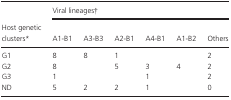
<table><thead><tr><td></td><td colspan="6"><b>Viral lineages†</b></td></tr><tr><td><b>Host genetic clusters*</b></td><td><b>A1-B1</b></td><td><b>A3-B3</b></td><td><b>A2-B1</b></td><td><b>A4-B1</b></td><td><b>A1-B2</b></td><td><b>Others</b></td></tr></thead><tbody><tr><td>G1</td><td>8</td><td>8</td><td>1</td><td></td><td></td><td>2</td></tr><tr><td>G2</td><td>8</td><td></td><td>5</td><td>3</td><td>4</td><td>2</td></tr><tr><td>G3</td><td>1</td><td></td><td></td><td>1</td><td></td><td>2</td></tr><tr><td>ND</td><td>5</td><td>2</td><td>2</td><td>1</td><td></td><td>0</td></tr></tbody></table>